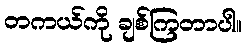
တကယ်ကို ချစ်ကြတာပါ။